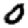
Digit: 0